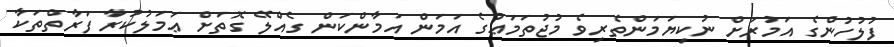
ފުލުހުންގެ އަމުރަށް ނުކިޔަމަންތެރިވެ މުޖުތަމަޢުގެ އަމަން އަމާންކަން ގެއްލޭ ގޮތަށް ޢަމަލުކުރާ ފަރާތްތަކާ